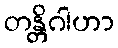
တန္တိဂါဟာ